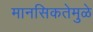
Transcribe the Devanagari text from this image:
मानसिकतेमुळे